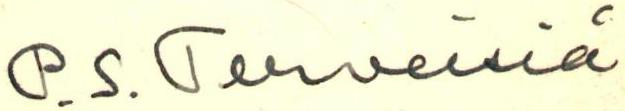
P. S. Terveisiä